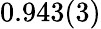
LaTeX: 0.943(3)